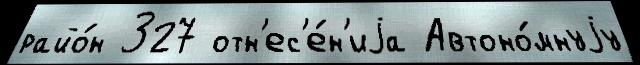
райо́н 327 отн'ес'е́н'иjа Автоно́мнуjу